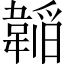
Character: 𮧲